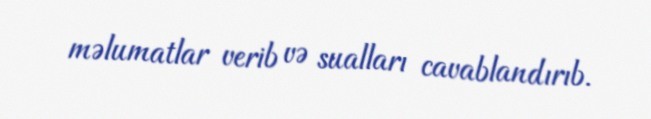
məlumatlar verib və sualları cavablandırıb.